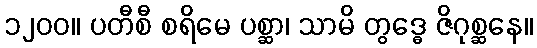
၁၂၀၀။ ပတီစီ စရိမေ ပစ္ဆာ၊ သာမိ တွဒ္ဓေ ဇိဂုစ္ဆနေ။